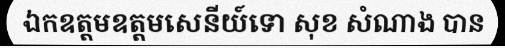
ឯកឧត្តមឧត្តមសេនីយ៍ទោ សុខ សំណាង បាន